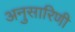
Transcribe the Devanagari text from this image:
अनुसारिणी